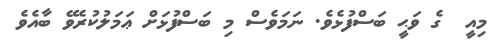
މިއީ  ގެ ވަޙީ ބަސްފުޅެވެ. ނަމަވެސް މި ބަސްފުޅަށް ޢަމަލުކުރެވޭ ބާއެވެ